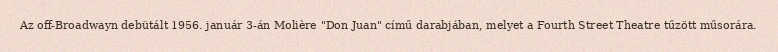
Az off-Broadwayn debütált 1956. január 3-án Molière "Don Juan" című darabjában, melyet a Fourth Street Theatre tűzött műsorára.